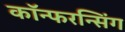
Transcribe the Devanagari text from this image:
कॉन्फरन्सिंग